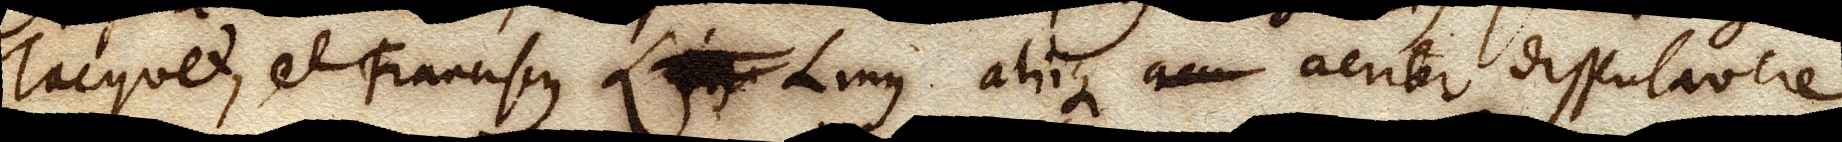
Tacquet, et Franciscus Lixx Linus aliique acu acriter disputavere.